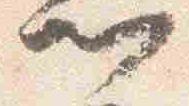
卿